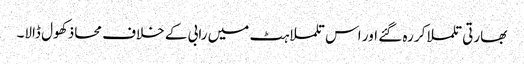
بھارتی تلملا کر رہ گئے اور اس تلملاہٹ میں رابی کے خلاف محاذ کھول ڈالا۔